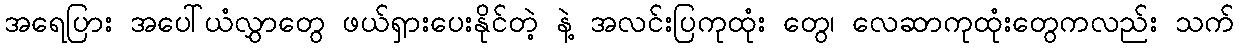
အရေပြား အပေါ်ယံလွှာတွေ ဖယ်ရှားပေးနိုင်တဲ့ နဲ့ အလင်းပြကုထုံး တွေ၊ လေဆာကုထုံးတွေကလည်း သက်